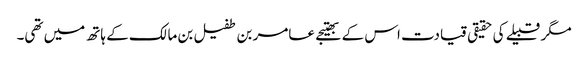
مگر قبیلے کی حقیقی قیادت اس کے بھتیجے عامر بن طفیل بن مالک کے ہاتھ میں تھی۔